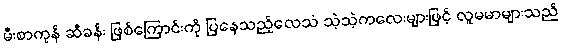
မီးစာကုန် ဆီခန်း ဖြစ်ကြောင်းကို ပြနေသည့်လေသံ သဲ့သဲ့ကလေးများဖြင့် လူမမာများသည်